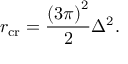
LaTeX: r _ { \mathrm { c r } } = \frac { \left( 3 \pi \right) ^ { 2 } } { 2 } \Delta ^ { 2 } .